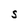
Character: S